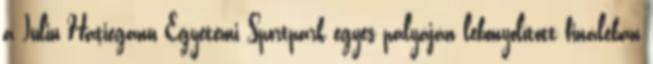
a Iuliu Haţieganu Egyetemi Sportpark egyes pályáján lebonyolított fináléban